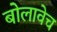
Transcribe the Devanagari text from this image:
बोलावेच